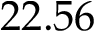
2 2 . 5 6